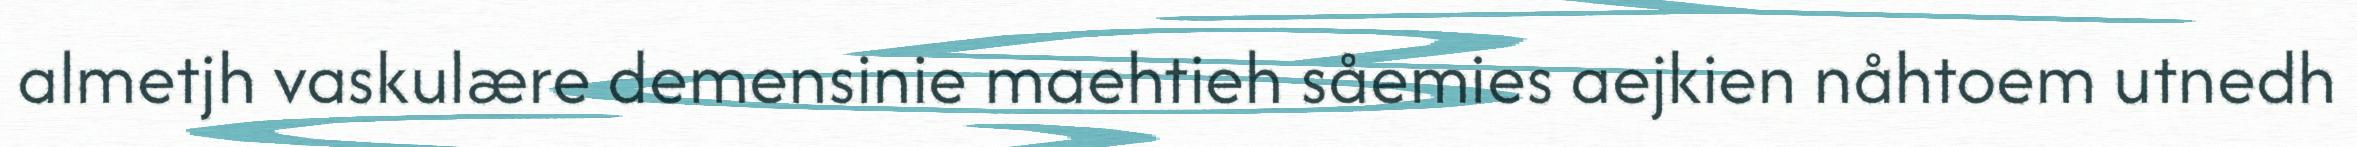
almetjh vaskulære demensinie maehtieh såemies aejkien nåhtoem utnedh